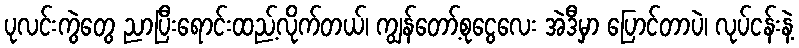
ပုလင်းကွဲတွေ ညာပြီးရောင်းထည့်လိုက်တယ်၊ ကျွန်တော့်စုငွေလေး အဲဒီမှာ ပြောင်တာပဲ၊ လုပ်ငန်းနဲ့